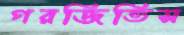
গরজিতিস